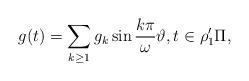
LaTeX: \begin{align*} g(t) = \sum_{k\ge1} g_k \sin\frac{k\pi}{\omega}\vartheta,t\in \rho'_1\Pi,\end{align*}